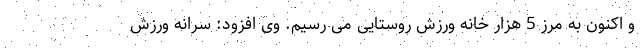
و اکنون به مرز 5 هزار خانه ورزش روستایی می رسیم. وی افزود: سرانه ورزش